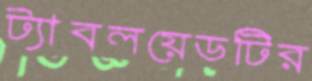
ট্যাবলয়েডটির